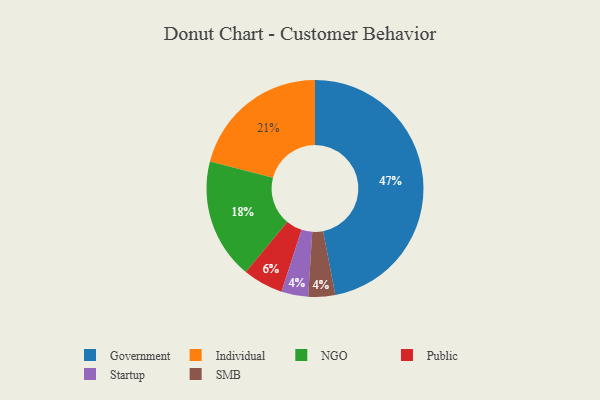
{"axis": {"x": "Category", "y": "Percentage"}, "legend": ["Government", "Individual", "NGO", "Public", "SMB", "Startup"], "data": [{"x": "Public", "y": 6, "type": "Public"}, {"x": "Startup", "y": 4, "type": "Startup"}, {"x": "Government", "y": 47, "type": "Government"}, {"x": "NGO", "y": 18, "type": "NGO"}, {"x": "Individual", "y": 21, "type": "Individual"}, {"x": "SMB", "y": 4, "type": "SMB"}]}